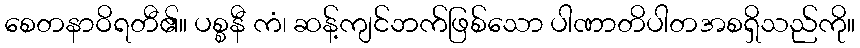
စေတနာဝိရတီ၏။ ပစ္စနီ ကံ၊ ဆန့်ကျင်ဘက်ဖြစ်သော ပါဏာတိပါတအစရှိသည်ကို။